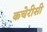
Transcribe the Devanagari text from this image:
कचेरीसी